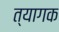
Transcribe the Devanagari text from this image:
त्यागक